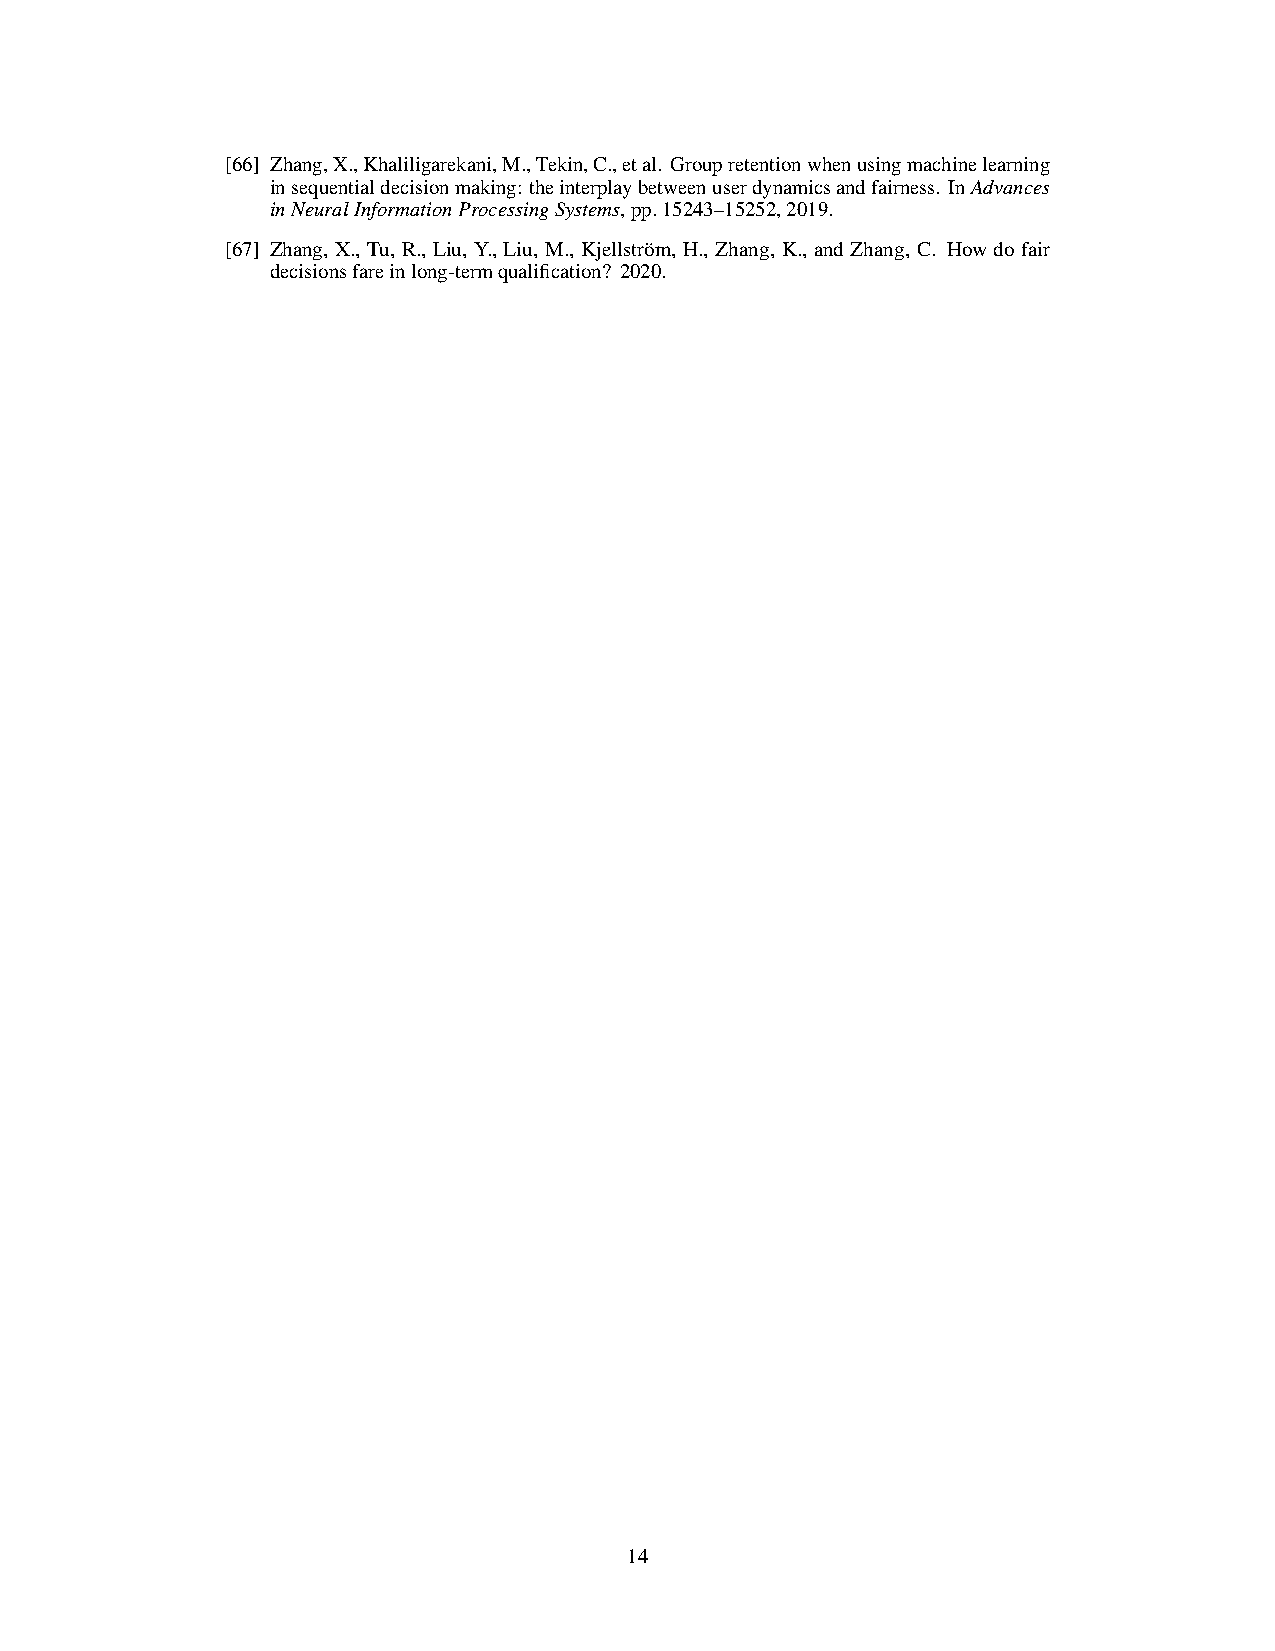
[66] Zhang,X.,Khaliligarekani,M.,Tekin,C.,etal. Groupretentionwhenusingmachinelearning
 insequentialdecisionmaking: theinterplaybetweenuserdynamicsandfairness. InAdvances
 inNeuralInformationProcessingSystems,pp.15243–15252,2019.
 [67] Zhang, X., Tu, R., Liu, Y., Liu, M., Kjellström, H., Zhang, K., andZhang, C. Howdofair
 decisionsfareinlong-termqualification? 2020.
 14